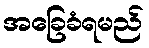
အခြေခံရမည်